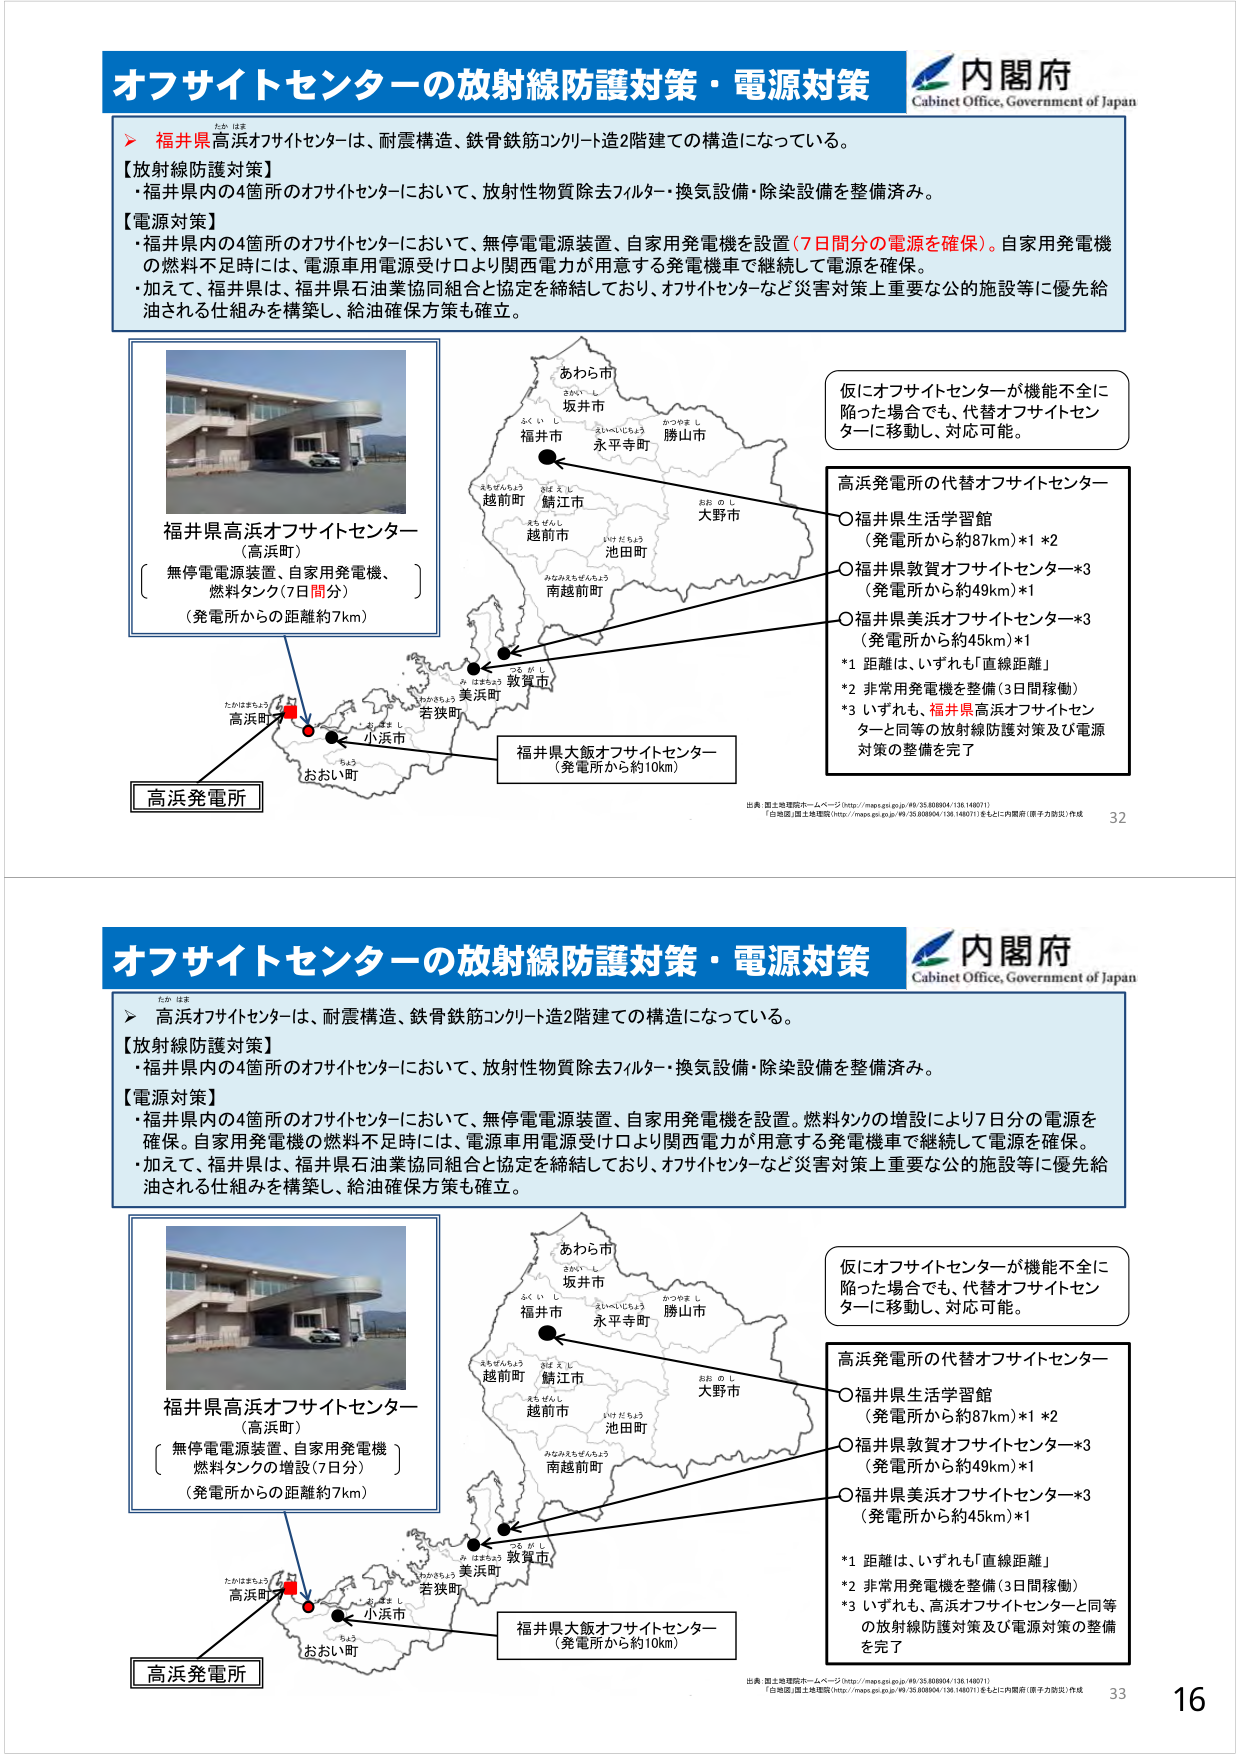
オフサイトセンターの放射線防護対策・電源対策
内閣府
Cabinet Office, Government of Japan
＞ 福井県高浜オフサイトセンターは、耐震構造、鉄骨鉄筋コンクリート造2階建てでの構造になっている。
【放射線防護対策】
・福井県内の4箇所のオフサイトセンターにおいて、放射性物質除去フィルター・換気設備・除染設備を整備済み。
【電源対策】
・福井県内の4箇所のオフサイトセンターにおいて、無停電電源装置、自家用発電機を設置（7日間分の電源を確保）。自家用発電機の燃料不足時には、電源車用電源受け口より関西電力が用意する発電機車で継続して電源を確保。
・加えて、福井県は、福井県石油業協同組合と協定を締結しており、オフサイトセンターなど災害対策上重要な公的施設等に優先給油される仕組みを構築し、給油確保方策も確立。
福井県高浜オフサイトセンター
（高浜町）
〔 無停電電源装置、自家用発電機、
燃料タンク（7日間分）〕
（発電所からの距離約7km）
あわら市
さかいし
坂井市
ふくいし
福井市
えいへいじょう
永平寺町
かつやまし
勝山市
おおのし
大野市
まちぜんちょう
越前町
つちうらし
鯖江市
えちぜんし
越前市
いけだちょう
池田町
みなみえちぜんちょう
南越前町
たかはまちょう
高浜町
み はまちょう
美浜町
わかまち
若狭町
ちゅう
小浜市
おおい町
高浜発電所
仮にオフサイトセンターが機能不全に
陥った場合でも、代替オフサイトセン
ターに移動し、対応可能。
高浜発電所の代替オフサイトセンター
○福井県生活学習館
（発電所から約87km）*1 *2
○福井県敦賀オフサイトセンター*3
（発電所から約49km）*1
○福井県美浜オフサイトセンター*3
（発電所から約45km）*1
*1 距離は、いずれも「直線距離」
*2 非常用発電機を整備（3日間稼働）
*3 いずれも、福井県高浜オフサイトセン
ターと同等の放射線防護対策及び電源
対策の整備を完了
福井県大飯オフサイトセンター
（発電所から約10km）
出典：国土交通省ホームページ（http://maps.gsi.go.jp/49/35.808904/136.148071）
「白地図」国土交通省（http://maps.gsi.go.jp/49/35.808904/136.148071）をもとに内閣府（原子力防災）作成
32
オフサイトセンターの放射線防護対策・電源対策
内閣府
Cabinet Office, Government of Japan
＞ 高浜オフサイトセンターは、耐震構造、鉄骨鉄筋コンクリート造2階建てでの構造になっている。
【放射線防護対策】
・福井県内の4箇所のオフサイトセンターにおいて、放射性物質除去フィルター・換気設備・除染設備を整備済み。
【電源対策】
・福井県内の4箇所のオフサイトセンターにおいて、無停電電源装置、自家用発電機を設置。燃料タンクの増設により7日分の電源を確保。自家用発電機の燃料不足時には、電源車用電源受け口より関西電力が用意する発電機車で継続して電源を確保。
・加えて、福井県は、福井県石油業協同組合と協定を締結しており、オフサイトセンターなど災害対策上重要な公的施設等に優先給油される仕組みを構築し、給油確保方策も確立。
福井県高浜オフサイトセンター
（高浜町）
〔 無停電電源装置、自家用発電機
燃料タンクの増設（7日分）〕
（発電所からの距離約7km）
あわら市
さかいし
坂井市
ふくいし
福井市
えいへいじょう
永平寺町
かつやまし
勝山市
おおのし
大野市
まちぜんちょう
越前町
つちうらし
鯖江市
えちぜんし
越前市
いけだちょう
池田町
みなみえちぜんちょう
南越前町
たかはまちょう
高浜町
み はまちょう
美浜町
わかまち
若狭町
ちゅう
小浜市
おおい町
高浜発電所
仮にオフサイトセンターが機能不全に
陥った場合でも、代替オフサイトセン
ターに移動し、対応可能。
高浜発電所の代替オフサイトセンター
○福井県生活学習館
（発電所から約87km）*1 *2
○福井県敦賀オフサイトセンター*3
（発電所から約49km）*1
○福井県美浜オフサイトセンター*3
（発電所から約45km）*1
*1 距離は、いずれも「直線距離」
*2 非常用発電機を整備（3日間稼働）
*3 いずれも、高浜オフサイトセンターと同等
の放射線防護対策及び電源対策の整備
を完了
福井県大飯オフサイトセンター
（発電所から約10km）
出典：国土交通省ホームページ（http://maps.gsi.go.jp/49/35.808904/136.148071）
「白地図」国土交通省（http://maps.gsi.go.jp/49/35.808904/136.148071）をもとに内閣府（原子力防災）作成
33
16